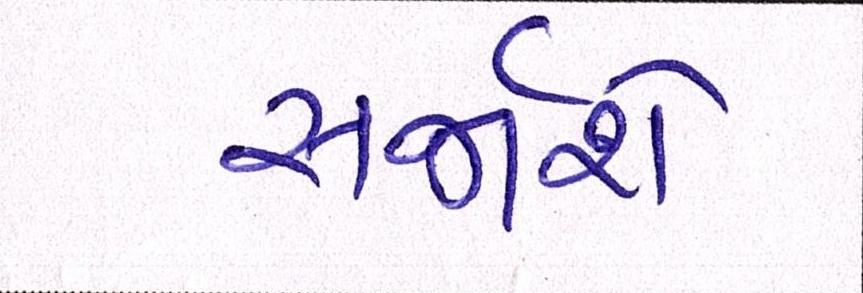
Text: સર્જાશે